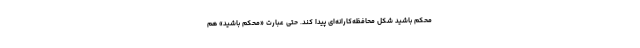
محکم باشید شکل محافظه‌کارانه‌ای پیدا کند. حتی عبارت «محکم باشید» هم